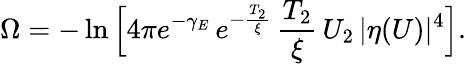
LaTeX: \Omega=-\ln\Big[4\pi e^{-\gamma_{E}}\, e^{-\frac{T_{2}}{\xi}}\, \frac{T_{2}}{\xi}\, U_{2}\, \vert\eta(U)\vert^{4}\Big].